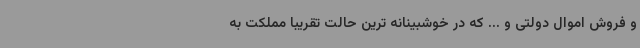
و فروش اموال دولتی و ... که در خوشبینانه ترین حالت تقریبا مملکت به